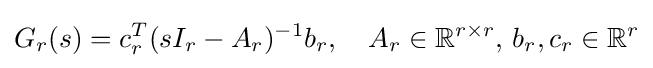
G_{r}(s)=c_{r}^{T}(sI_{r}-A_{r})^{-1}b_{r},\quad A_{r}\in \mathbb {R} ^{r\times r},\,b_{r},c_{r}\in \mathbb {R} ^{r}